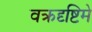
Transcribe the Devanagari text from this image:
वक्रदृष्टिमे